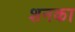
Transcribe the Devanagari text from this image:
शनका